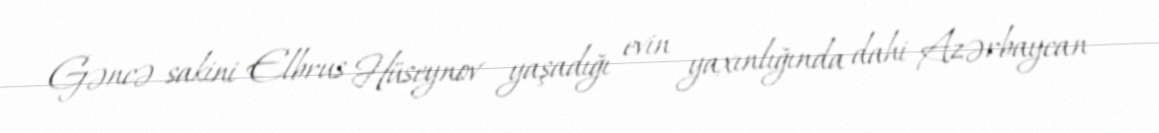
Gəncə sakini Elbrus Hüseynov yaşadığı evin yaxınlığında dahi Azərbaycan